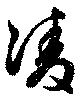
凌